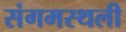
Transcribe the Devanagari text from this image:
संगमस्थली